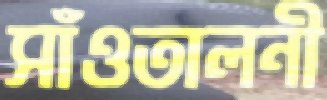
সাঁওতালনী